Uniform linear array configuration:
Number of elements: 12
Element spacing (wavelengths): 1
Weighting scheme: exponential
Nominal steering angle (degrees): -30
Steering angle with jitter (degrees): -29.781
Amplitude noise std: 0.05
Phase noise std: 0.05

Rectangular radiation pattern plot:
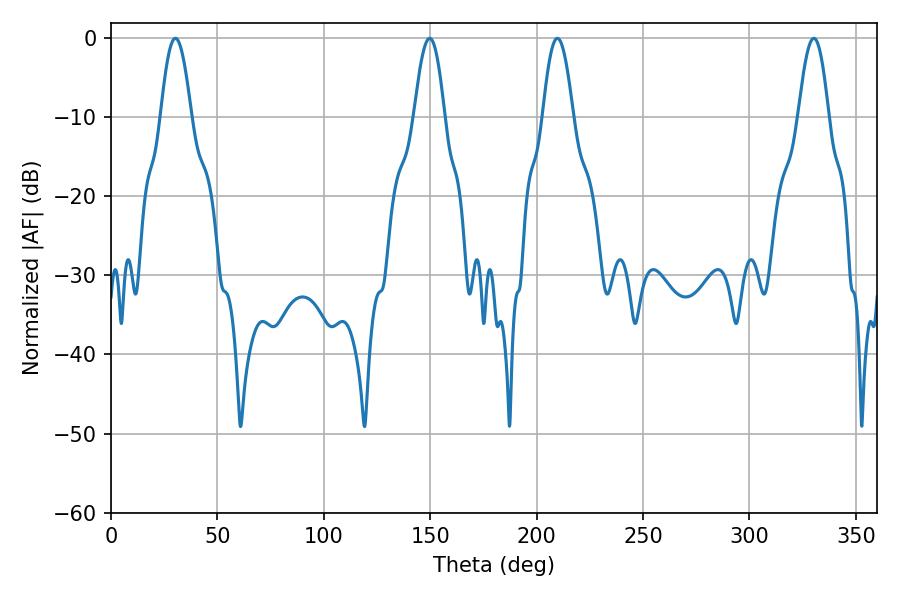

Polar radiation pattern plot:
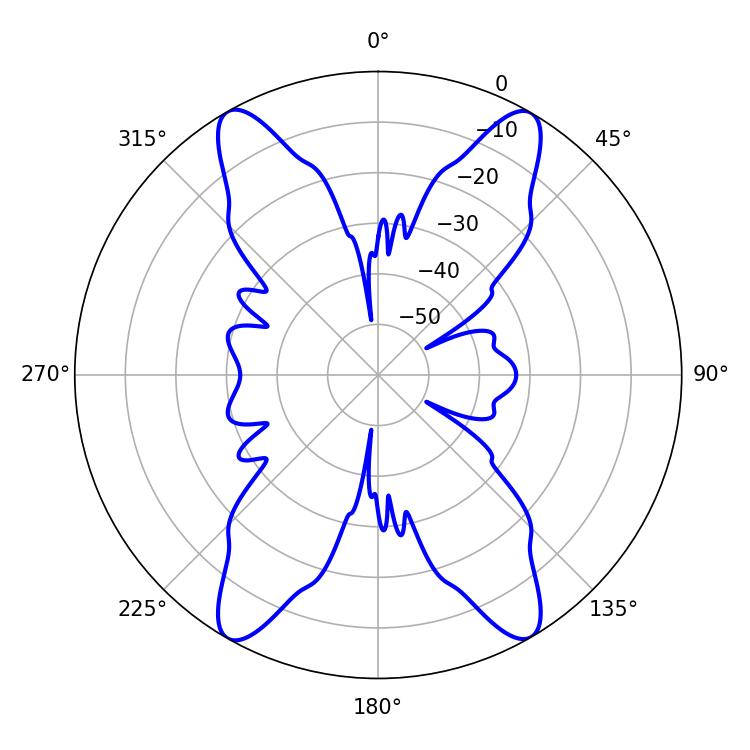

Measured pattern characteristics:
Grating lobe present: TRUE
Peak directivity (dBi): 28.539
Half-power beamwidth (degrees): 7.74
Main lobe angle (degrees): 149.76